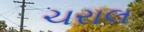
ચરાલ